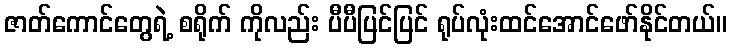
ဇာတ်ကောင်တွေရဲ့ စရိုက် ကိုလည်း ပီပီပြင်ပြင် ရုပ်လုံးထင်အောင်ဖော်နိုင်တယ်။